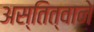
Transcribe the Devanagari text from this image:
अस्तित्वाने